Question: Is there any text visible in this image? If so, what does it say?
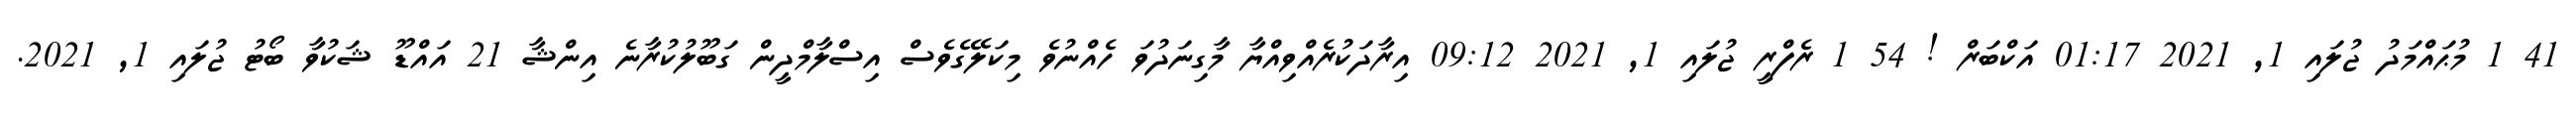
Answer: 41 1 މުޙައްމަދު ޖުލައި 1, 2021 01:17 އަކްބަރް ! 54 1 ރެފްރީ ޖުލައި 1, 2021 09:12 އިރާދަކުރެއްވިއްޔާ މާގިނަދުވަ ހެއްނުވެ މިކަލޭގެވެސް އިސްލާމްދީން ގަބޫލުކުރާނެ އިންޝާ 21 އައްޑޫ ޝަކުވާ ބޯޓު ޖުލައި 1, 2021.